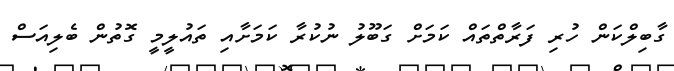
ގާބިލްކަން ހުރި ފަރާތްތައް ކަމަށް ގަބޫލު ނުކުރާ ކަމަށާއި ތައުލީމީ ގޮތުން ބެލިއަސް